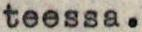
teessa.